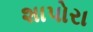
શાપોરા